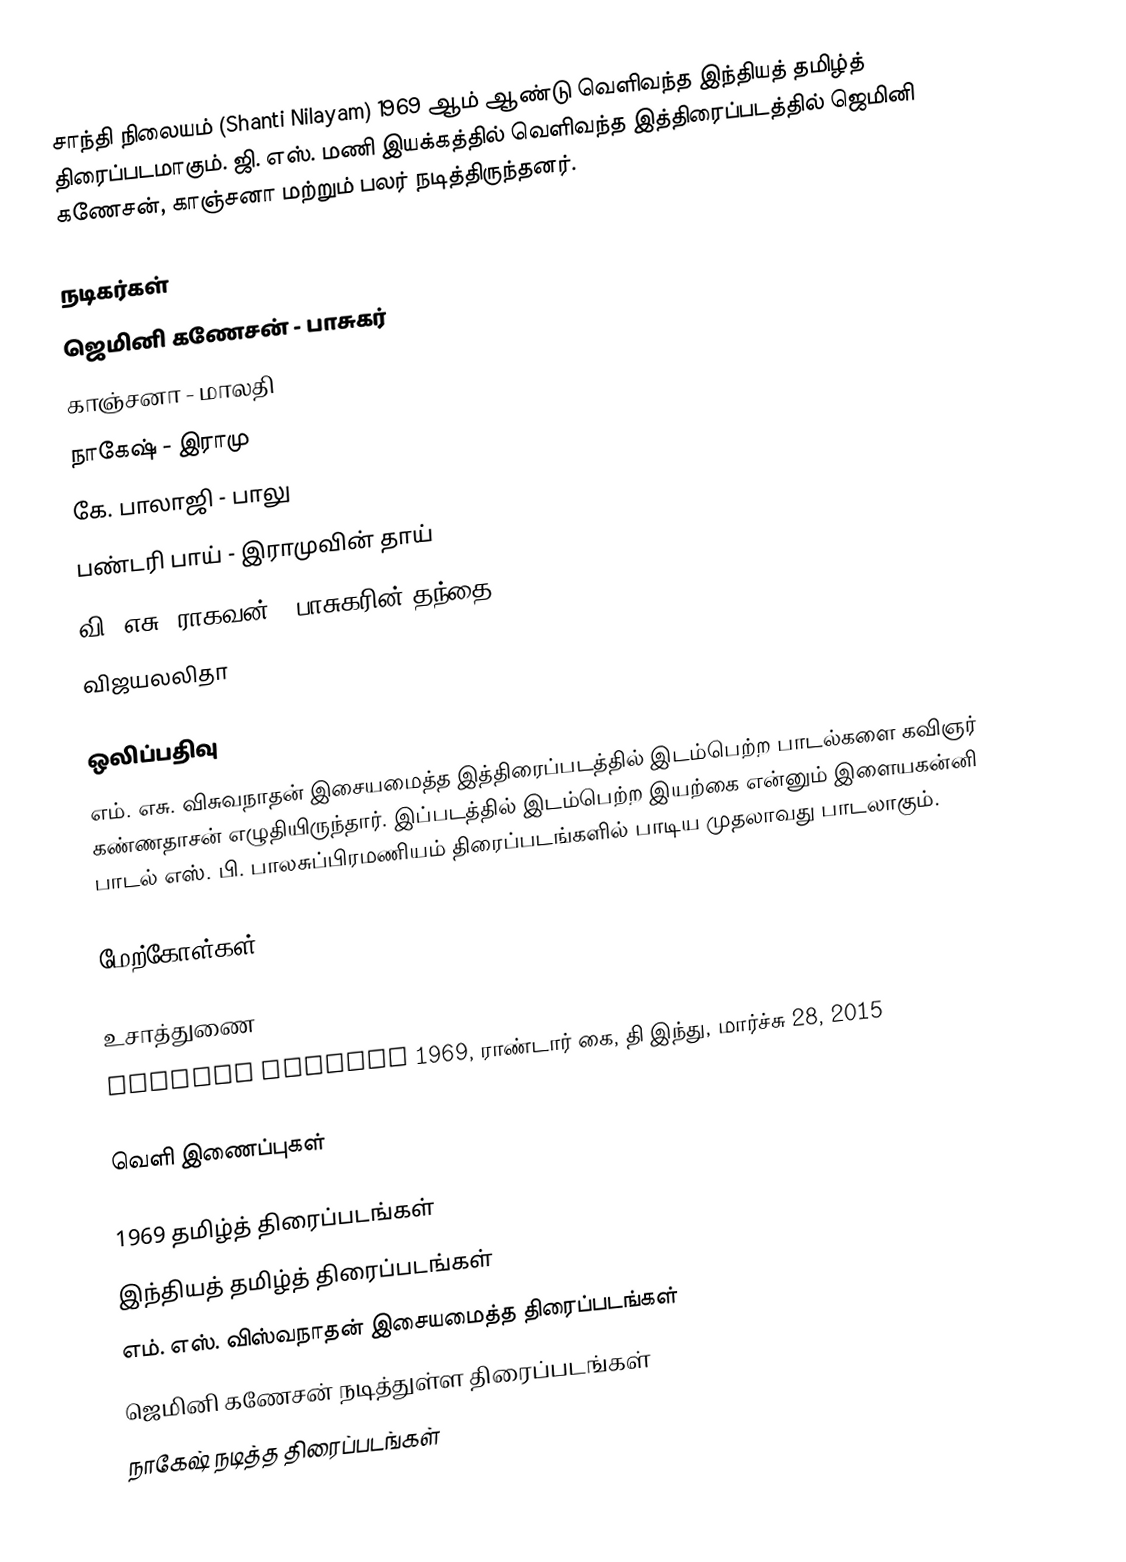
சாந்தி நிலையம் (Shanti Nilayam) 1969 ஆம் ஆண்டு வெளிவந்த இந்தியத் தமிழ்த் திரைப்படமாகும். ஜி. எஸ். மணி இயக்கத்தில் வெளிவந்த இத்திரைப்படத்தில் ஜெமினி கணேசன், காஞ்சனா மற்றும் பலர் நடித்திருந்தனர்.

நடிகர்கள்
ஜெமினி கணேசன் - பாசுகர்
காஞ்சனா - மாலதி
நாகேஷ் - இராமு
கே. பாலாஜி - பாலு
பண்டரி பாய் - இராமுவின் தாய்
வி. எசு. ராகவன் - பாசுகரின் தந்தை
விஜயலலிதா

ஒலிப்பதிவு
எம். எசு. விசுவநாதன் இசையமைத்த இத்திரைப்படத்தில் இடம்பெற்ற பாடல்களை கவிஞர் கண்ணதாசன் எழுதியிருந்தார். இப்படத்தில் இடம்பெற்ற இயற்கை என்னும் இளையகன்னி பாடல் எஸ். பி. பாலசுப்பிரமணியம் திரைப்படங்களில் பாடிய முதலாவது பாடலாகும்.

மேற்கோள்கள்

உசாத்துணை
 Shanthi Nilayam 1969, ராண்டார் கை, தி இந்து, மார்ச்சு 28, 2015

வெளி இணைப்புகள்

1969 தமிழ்த் திரைப்படங்கள்
இந்தியத் தமிழ்த் திரைப்படங்கள்
எம். எஸ். விஸ்வநாதன் இசையமைத்த திரைப்படங்கள்
ஜெமினி கணேசன் நடித்துள்ள திரைப்படங்கள்
நாகேஷ் நடித்த திரைப்படங்கள்